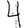
Digit: 4